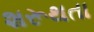
શરૂથતા